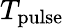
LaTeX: T_{\mathrm{pulse}}